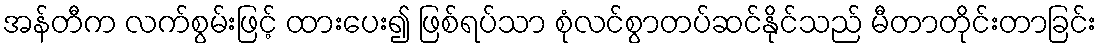
အန်တီက လက်စွမ်းဖြင့် ထားပေး၍ ဖြစ်ရပ်သာ စုံလင်စွာတပ်ဆင်နိုင်သည် မီတာတိုင်းတာခြင်း